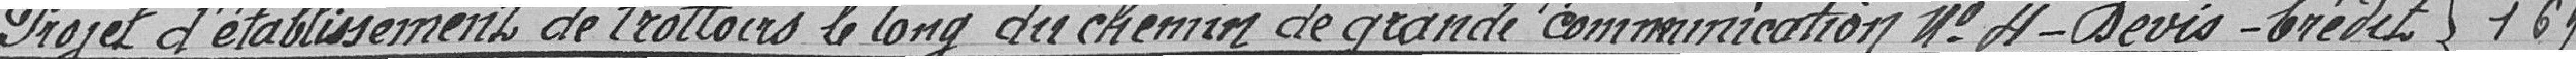
Projet d'établissement de trottoirs le long du chemin de grande communication numéro 4 - Devis - Crédit.